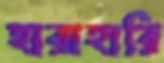
হারাহারি